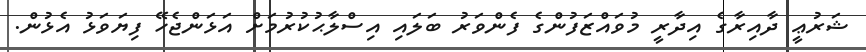
ޝަރުޢީ ދާއިރާގެ އިދާރީ މުވައްޒަފުންގެ ފެންވަރު ބަލައި އިސްލާޙުކުރުމަށް އަޅަންޖެހޭ ފިޔަވަޅު އެޅުން.